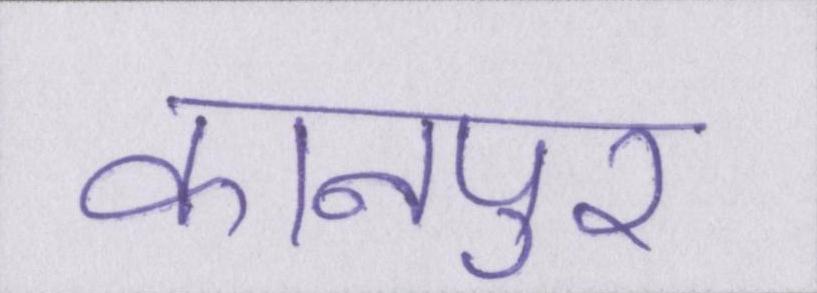
कानपुर